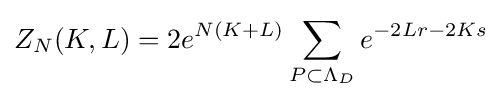
Z_{N}(K,L)=2e^{N(K+L)}\sum _{P\subset \Lambda _{D}}e^{-2Lr-2Ks}